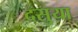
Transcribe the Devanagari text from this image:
दसुया